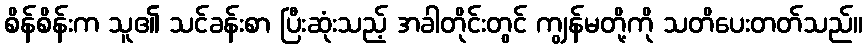
စိန်စိန်းက သူ၏ သင်ခန်းစာ ပြီးဆုံးသည့် အခါတိုင်းတွင် ကျွန်မတို့ကို သတိပေးတတ်သည်။